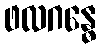
ဖလဂန္ဓေ